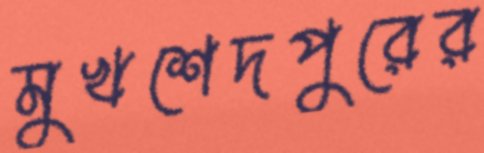
মুখশেদপুরের